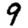
Digit: 9